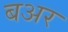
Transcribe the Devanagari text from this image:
बअर